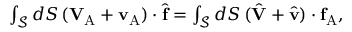
\begin{array} { r } { \int _ { \mathcal { S } } d S \, ( \mathbf { V } _ { \mathrm { A } } + \mathbf { v } _ { \mathrm { A } } ) \cdot \hat { \mathbf { f } } = \int _ { \mathcal { S } } d S \, ( \hat { \mathbf { V } } + \hat { \mathbf { v } } ) \cdot \mathbf { f } _ { \mathrm { A } } , } \end{array}